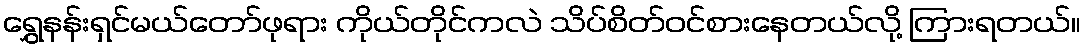
ရွှေနန်းရှင်မယ်တော်ဖုရား ကိုယ်တိုင်ကလဲ သိပ်စိတ်ဝင်စားနေတယ်လို့ ကြားရတယ်။